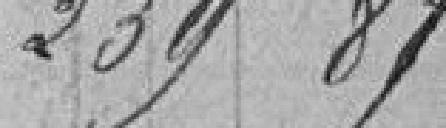
239.5